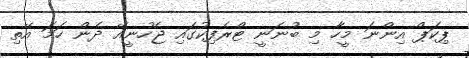
ޕިކަޕް އިންނަ މީހާ މި ބުނަނީ ޓްރެފިކުގައި ޖެހުނީއޭ ދެން ހަމަ އޭތި